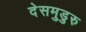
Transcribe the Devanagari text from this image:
देसमुडुरु